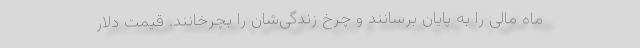
ماه مالی را به پایان برسانند و چرخ زندگی‌شان را بچرخانند. قیمت دلار